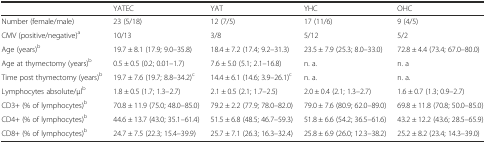
|  | YATEC | YAT | YHC | OHC |
 | --- | --- | --- | --- | --- |
 | Number (female/male) | 23 (5/18) | 12 (7/5) | 17 (11/6) | 9 (4/5) |
 | CMV (positive/negative)a | 10/13 | 3/8 | 5/12 | 5/2 |
 | Age (years)b | 19.7 ± 8.1 (17.9; 9.0–35.8) | 18.4 ± 7.2 (17.4; 9.2–31.3) | 23.5 ± 7.9 (25.3; 8.0–33.0) | 72.8 ± 4.4 (73.4; 67.0–80.0) |
 | Age at thymectomy (years)b | 0.5 ± 0.5 (0.2; 0.01–1.7) | 7.6 ± 5.0 (5.1; 2.1–16.8) | n. a. | n. a |
 | Time post thymectomy (years)b | 19.7 ± 7.6 (19.7; 8.8–34.2)c | 14.4 ± 6.1 (14.6; 3.9–26.1)c | n. a. | n. a. |
 | Lymphocytes absolute/μlb | 1.8 ± 0.5 (1.7; 1.3–2.7) | 2.1 ± 0.5 (2.1; 1.7–2.5) | 2.0 ± 0.4 (2.1; 1.3–2.7) | 1.6 ± 0.7 (1.3; 0.9–2.7) |
 | CD3+ (% of lymphocytes)b | 70.8 ± 11.9 (75.0; 48.0–85.0) | 79.2 ± 2.2 (77.9; 78.0–82.0) | 79.0 ± 7.6 (80.9; 62.0–89.0) | 69.8 ± 11.8 (70.8; 50.0–85.0) |
 | CD4+ (% of lymphocytes)b | 44.6 ± 13.7 (43.0; 35.1–61.4) | 51.5 ± 6.8 (48.5; 46.7–59.3) | 51.8 ± 6.6 (54.2; 36.5–61.6) | 43.2 ± 12.2 (43.6; 28.5–65.9) |
 | CD8+ (% of lymphocytes)b | 24.7 ± 7.5 (22.3; 15.4–39.9) | 25.7 ± 7.1 (26.3; 16.3–32.4) | 25.8 ± 6.9 (26.0; 12.3–38.2) | 25.2 ± 8.2 (23.4; 14.3–39.0) |